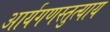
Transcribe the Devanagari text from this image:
आर्यगणस्तुत्याय